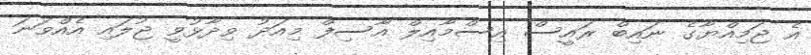
އެ ޖަމިއްޔާގެ ނައިބް ރައީސް އިސްމާއިލް އާސިފް މިއަދު ވިދާޅުވީ ޖުލައި އެއްވަނަ